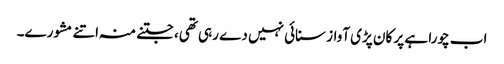
اب چورا ہے پر کان پڑی آواز سنائی نہیں دے رہی تھی، جتنے منہ اتنے مشورے۔